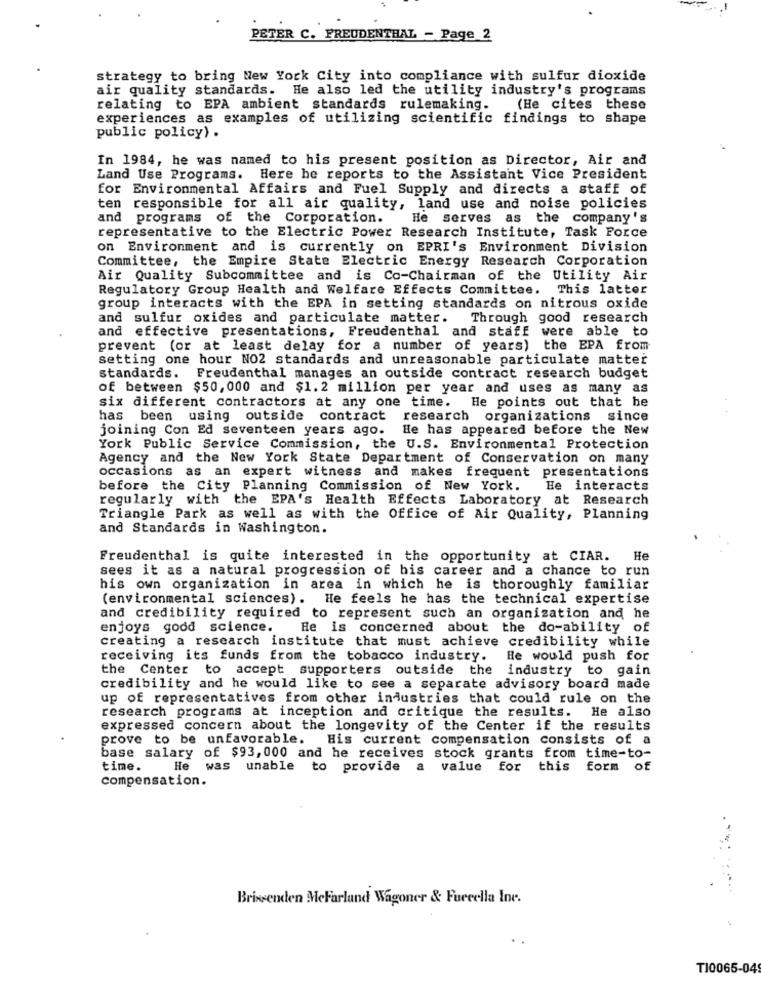
PETER C. FREUDENTHAL - Page 2
strategy to bring New York City into compliance with sulfur dioxide
air quality standards. He also led the utility industry's programs
relating to EPA ambient standards rulemaking.
(He cites these
experiences as examples of utilizing scientific findings to shape
public policy) .
In 1984, he was named to his present position as Director, Air and
Land Use Programs. Here he reports to the Assistant Vice President
for Environmental Affairs and Fuel Supply and directs a staff of
ten responsible for all air quality, land use and noise policies
and programs of the Corporation. He serves as the company's
representative to the Electric Power Research Institute, Task Force
on Environment and is currently on EPRI's Environment Division
Committee, the Empire State Electric Energy Research Corporation
Air Quality Subcommittee and is Co-Chairman of the Utility Air
Regulatory Group Health and Welfare Effects Committee. This latter
group interacts with the EPA in setting standards on nitrous oxide
and sulfur oxides and particulate matter.
Through good research
and effective presentations, Freudenthal and staff were able to
prevent (or at least delay for a number of years) the EPA from
setting one hour NO2 standards and unreasonable particulate matter
standards.
Freudenthal manages an outside contract research budget
of between $50,000 and $1.2 million per year and uses as many as
six different contractors at any one time. He points out that he
has been using outside contract
research organizations since
joining Con Ed seventeen years ago.
He has appeared before the New
York Public Service Commission, the U.S. Environmental Protection
Agency and the New York State Department of Conservation on many
occasions as an expert witness and makes frequent presentations
before the City Planning Commission of New York.
He interacts
regularly with the EPA's Health Effects Laboratory at Research
Triangle Park as well as with the Office of Air Quality, Planning
and Standards in Washington.
Freudenthal is quite interested in the opportunity at CIAR. He
sees it as a natural progression of his career and a chance to run
his own organization in area in which he is thoroughly familiar
(environmental sciences). He feels he has the technical expertise
and credibility required to represent such an organization and he
enjoys good science.
He is concerned about the do-ability of
creating a research institute that must achieve credibility while
receiving its funds from the tobacco industry. He would push for
the Center to accept supporters outside the industry to gain
credibility and he would like to see a separate advisory board made
up of representatives from other industries that could rule on the
research programs at inception and critique the results. He also
expressed concern about the longevity of the Center if the results
prove to be unfavorable. His current compensation consists of a
base salary of $93, 000 and he receives stock grants from time-to-
time.
He was unable to provide a value for this form of
compensation.
Briwenden MeFarland Wagoner & Fuecella Inc.
TI0065-04